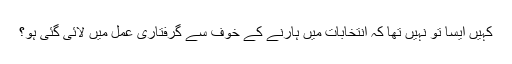
کہیں ایسا تو نہیں تھا کہ انتخابات میں ہارنے کے خوف سے گرفتاری عمل میں لائی گئی ہو؟